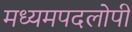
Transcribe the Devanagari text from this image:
मध्यमपदलोपी